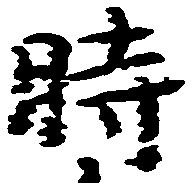
時